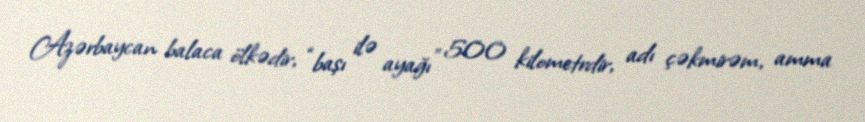
Azərbaycan balaca ölkədir, “başı ilə ayağı” 500 kilometrdir, adı çəkmirəm, amma